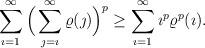
LaTeX: \begin{align*}\sum_{\imath=1}^{\infty}\Big(\sum_{\jmath=\imath}^{\infty}\varrho(\jmath)\Big)^p\geq\sum_{\imath=1}^{\infty}\imath^p\varrho^p(\imath).\end{align*}